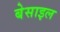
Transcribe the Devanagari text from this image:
बेसाइल